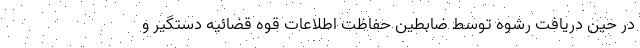
در حین دریافت رشوه توسط ضابطین حفاظت اطلاعات قوه قضائیه دستگیر و